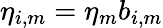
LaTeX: \eta_{i,m}=\eta_{m}b_{i,m}